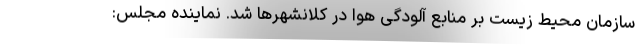
سازمان محیط زیست بر منابع آلودگی هوا در کلانشهرها شد. نماینده مجلس: